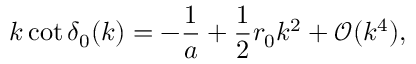
k \cot \delta _ { 0 } ( k ) = - \frac { 1 } { a } + \frac { 1 } { 2 } r _ { 0 } k ^ { 2 } + \mathcal { O } ( k ^ { 4 } ) ,